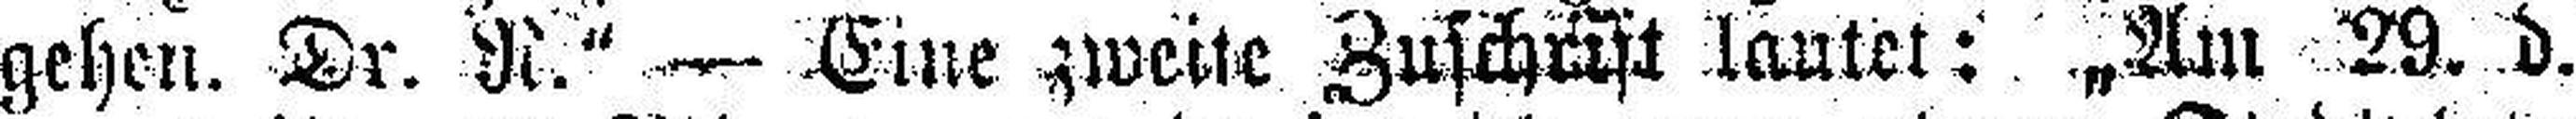
grhen. Dr. N.“ Eine zweite Zuschrift lautet: „Am 29. d.